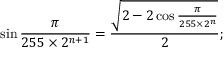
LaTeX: \sin { \frac { \pi } { 2 5 5 \times 2 ^ { n + 1 } } } = { \frac { \sqrt { 2 - 2 \cos { \frac { \pi } { 2 5 5 \times 2 ^ { n } } } } } { 2 } } ;